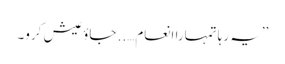
’’یہ رہا تمہارا انعام….. جاؤ عیش کرو۔